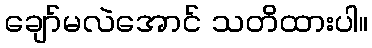
ချော်မလဲအောင် သတိထားပါ။